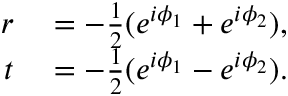
\begin{array} { r l } { r } & { { } = - \frac 1 2 ( e ^ { i \phi _ { 1 } } + e ^ { i \phi _ { 2 } } ) , } \\ { t } & { { } = - \frac 1 2 ( e ^ { i \phi _ { 1 } } - e ^ { i \phi _ { 2 } } ) . } \end{array}